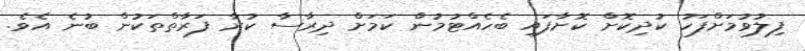
ފިލުވުމަށްފަހު ކުދިކޮށް ކޮށާފައި ބެހެއްޓުމުން ކަމަށް ދިރާސާ ކުރާ ފަރާތްތަކުން ބުނެ އެވެ.